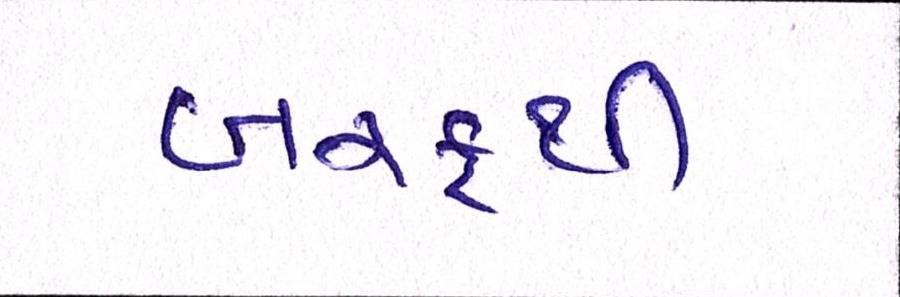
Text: બરફથી